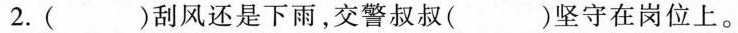
2.( )刮风还是下雨，交警叔叔()坚守在岗位上。